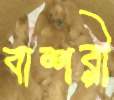
বাশরী